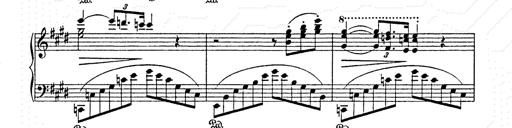
Title: AnnÃ©es de pÃ¨lerinage II
Composer: Franz Liszt